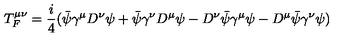
T _ { F } ^ { \mu \nu } = \frac { i } { 4 } ( \bar { \psi } \gamma ^ { \mu } D ^ { \nu } \psi + \bar { \psi } \gamma ^ { \nu } D ^ { \mu } \psi - D ^ { \nu } \bar { \psi } \gamma ^ { \mu } \psi - D ^ { \mu } \bar { \psi } \gamma ^ { \nu } \psi )